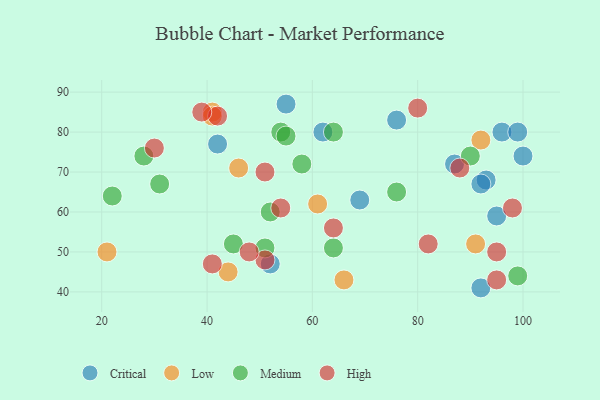
{"axis": {"x": "GDP", "y": "Life Expectancy"}, "legend": ["Critical", "High", "Low", "Medium"], "data": [{"x": "95", "y": 59, "type": "Critical"}, {"x": "93", "y": 68, "type": "Critical"}, {"x": "96", "y": 80, "type": "Critical"}, {"x": "76", "y": 83, "type": "Critical"}, {"x": "62", "y": 80, "type": "Critical"}, {"x": "69", "y": 63, "type": "Critical"}, {"x": "92", "y": 67, "type": "Critical"}, {"x": "87", "y": 72, "type": "Critical"}, {"x": "52", "y": 47, "type": "Critical"}, {"x": "92", "y": 41, "type": "Critical"}, {"x": "100", "y": 74, "type": "Critical"}, {"x": "99", "y": 80, "type": "Critical"}, {"x": "55", "y": 87, "type": "Critical"}, {"x": "42", "y": 77, "type": "Critical"}, {"x": "66", "y": 43, "type": "Low"}, {"x": "92", "y": 78, "type": "Low"}, {"x": "41", "y": 85, "type": "Low"}, {"x": "91", "y": 52, "type": "Low"}, {"x": "44", "y": 45, "type": "Low"}, {"x": "21", "y": 50, "type": "Low"}, {"x": "41", "y": 84, "type": "Low"}, {"x": "46", "y": 71, "type": "Low"}, {"x": "61", "y": 62, "type": "Low"}, {"x": "45", "y": 52, "type": "Medium"}, {"x": "31", "y": 67, "type": "Medium"}, {"x": "54", "y": 80, "type": "Medium"}, {"x": "52", "y": 60, "type": "Medium"}, {"x": "90", "y": 74, "type": "Medium"}, {"x": "64", "y": 51, "type": "Medium"}, {"x": "22", "y": 64, "type": "Medium"}, {"x": "76", "y": 65, "type": "Medium"}, {"x": "55", "y": 79, "type": "Medium"}, {"x": "64", "y": 80, "type": "Medium"}, {"x": "58", "y": 72, "type": "Medium"}, {"x": "99", "y": 44, "type": "Medium"}, {"x": "51", "y": 51, "type": "Medium"}, {"x": "28", "y": 74, "type": "Medium"}, {"x": "64", "y": 56, "type": "High"}, {"x": "80", "y": 86, "type": "High"}, {"x": "95", "y": 50, "type": "High"}, {"x": "98", "y": 61, "type": "High"}, {"x": "95", "y": 43, "type": "High"}, {"x": "51", "y": 70, "type": "High"}, {"x": "30", "y": 76, "type": "High"}, {"x": "51", "y": 48, "type": "High"}, {"x": "42", "y": 84, "type": "High"}, {"x": "54", "y": 61, "type": "High"}, {"x": "88", "y": 71, "type": "High"}, {"x": "41", "y": 47, "type": "High"}, {"x": "82", "y": 52, "type": "High"}, {"x": "48", "y": 50, "type": "High"}, {"x": "39", "y": 85, "type": "High"}]}